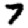
Digit: 7